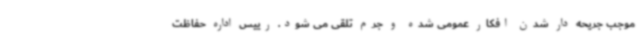
موجب جریحه دار شدن افکار عمومی شده و جرم تلقی می شود. رییس اداره حفاظت